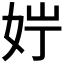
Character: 𪥭